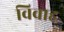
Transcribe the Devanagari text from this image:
विवाह